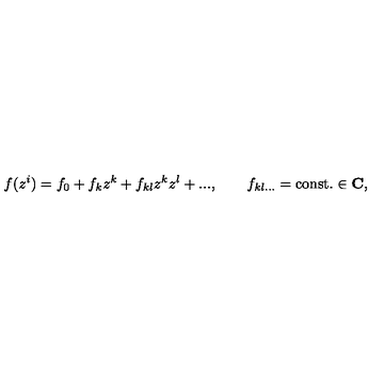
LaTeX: f ( z ^ { i } ) = f _ { 0 } + f _ { k } z ^ { k } + f _ { k l } z ^ { k } z ^ { l } + . . . , \qquad f _ { k l . . . } = \mathrm { c o n s t . } \in { \bf C } ,